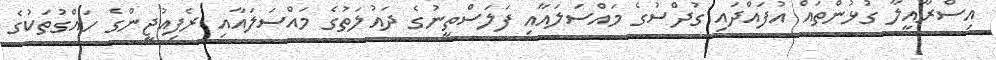
އިސްރާއީލާ ގުޅުންތައް އުފައްދައި ގުދްސުގެ މައްސަލައާއި ފަލަސްތީނުގެ ދައުލަތުގެ މައްސަލައާއި ރެފިއުޖީންގެ ހައްގުތަކުގެ